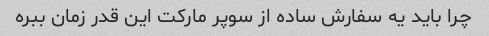
چرا باید یه سفارش ساده از سوپر مارکت این قدر زمان ببره